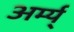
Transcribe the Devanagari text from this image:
अर्म्य्